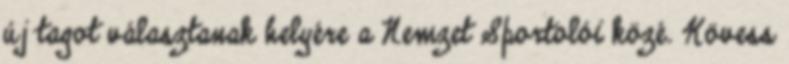
új tagot választanak helyére a Nemzet Sportolói közé. Kövess